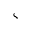
\varsigma